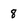
Character: 8